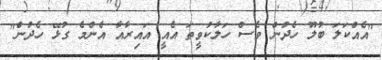
"އެއްކަލަ ބުލޫ ހެދުން ވެސް ހަލާކުވީތަ އެއީ އައިރާއާ އެންމެ ގުޅޭ ހެދުން"